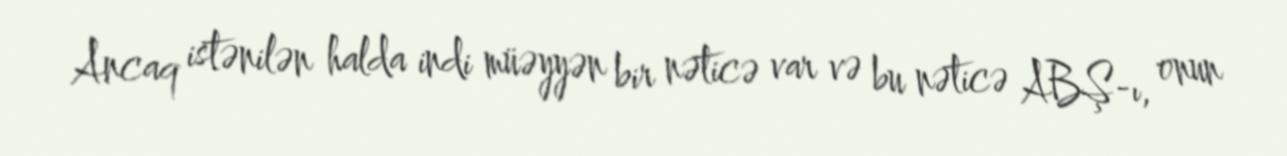
Ancaq istənilən halda indi müəyyən bir nəticə var və bu nəticə ABŞ-ı, onun